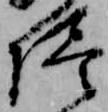
侭